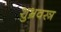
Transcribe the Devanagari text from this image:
शुभ्रवस्त्र